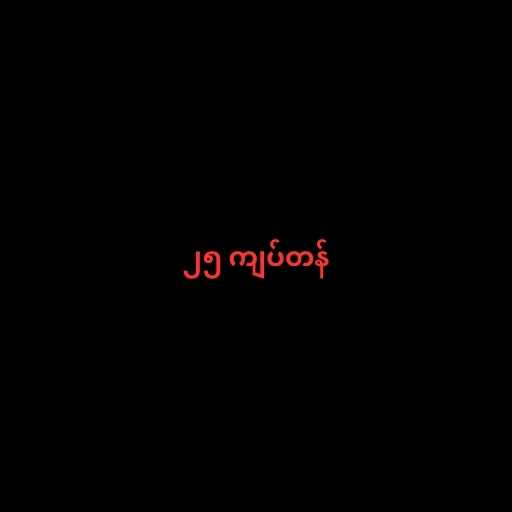
၂၅ ကျပ်တန်